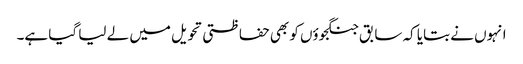
انہوں نے بتایا کہ سابق جنگجوؤں کو بھی حفاظتی تحویل میں لے لیا گیا ہے۔